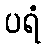
ပရံ